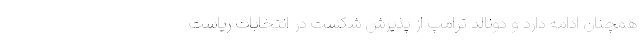
همچنان ادامه دارد و دونالد ترامپ از پذیرش شکست در انتخابات ریاست